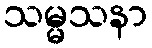
သမ္မသနာ